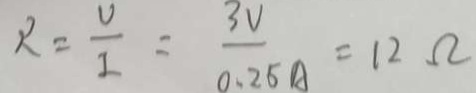
R = \frac { v } { I } = \frac { 3 V } { 0 . 2 5 A } = 1 2 \Omega